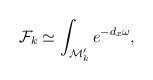
LaTeX: \begin{align*}{\cal F}_k \simeq \int_{{\cal M}'_k} e^{-d_x\omega}, \end{align*}